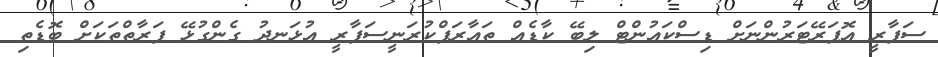
ސަފާރީ އޮޕަރޭޓަރުންނަށް ޑިސްކައުންޓް ލިބޭ ކާޑެއް ތައާރަފްކުރަނީސަފާރީ އުޅަނދު ގެންގުޅޭ ފަރާތްތަކަށް ބޮޑެތި